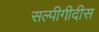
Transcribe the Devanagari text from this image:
सल्पीगीदीस